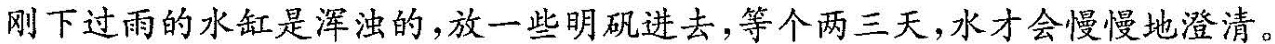
刚下过雨的水缸是浑浊的，放一些明矾进去，等个两三天，水才会慢慢地澄清